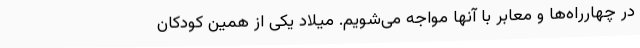
در چهارراه‌ها و معابر با آنها مواجه می‌شویم. میلاد یکی از همین کودکان